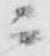
ニ